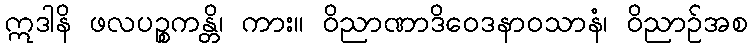
ဣဒါနိ ဖလပဉ္စကန္တိ၊ ကား။ ဝိညာဏာဒိဝေဒနာဝသာနံ၊ ဝိညာဉ်အစ